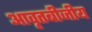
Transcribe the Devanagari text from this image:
आवृतबीजीय